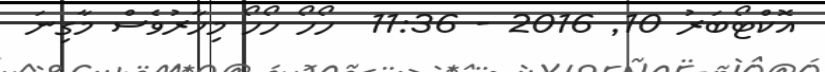
އޮކްޓޯބަރު 10